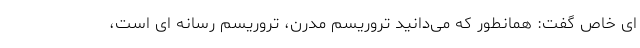
ای خاص گفت: همانطور که می‌دانید تروریسم مدرن، تروریسم رسانه ای است،